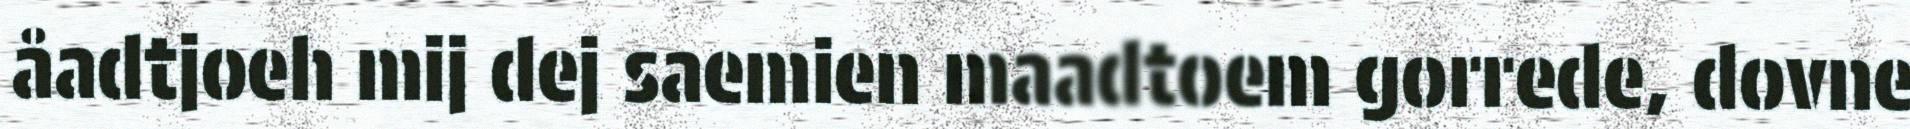
åadtjoeh mij dej saemien maadtoem gorrede, dovne